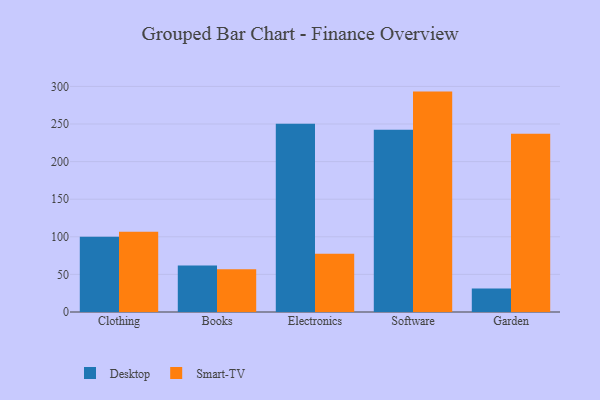
{"axis": {"x": "Category", "y": "Bounce Rate (%)"}, "legend": ["Desktop", "Smart-TV"], "data": [{"x": "Clothing", "y": 100.2, "type": "Desktop"}, {"x": "Clothing", "y": 106.8, "type": "Smart-TV"}, {"x": "Books", "y": 61.9, "type": "Desktop"}, {"x": "Books", "y": 56.9, "type": "Smart-TV"}, {"x": "Electronics", "y": 250.2, "type": "Desktop"}, {"x": "Electronics", "y": 77.5, "type": "Smart-TV"}, {"x": "Software", "y": 242.4, "type": "Desktop"}, {"x": "Software", "y": 293.1, "type": "Smart-TV"}, {"x": "Garden", "y": 31.1, "type": "Desktop"}, {"x": "Garden", "y": 237.0, "type": "Smart-TV"}]}